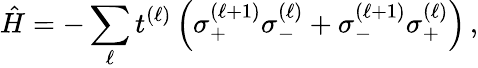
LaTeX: \hat{H}=-\sum_{\ell}t^{(\ell)}\left(\sigma_{+}^{(\ell+1)}\sigma_{-}^{(\ell)}+\sigma_{-}^{(\ell+1)}\sigma_{+}^{(\ell)}\right)\, ,